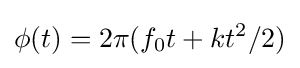
\phi (t)=2\pi (f_{0}t+kt^{2}/2)